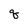
Character: q